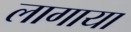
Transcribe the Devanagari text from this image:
लागाया